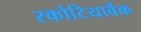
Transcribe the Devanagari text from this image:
स्कोटियाबैंक